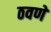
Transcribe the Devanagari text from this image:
ठवणे